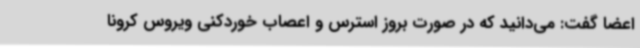
اعضا گفت: می‌دانید که در صورت بروز استرس و اعصاب خوردکنی ویروس کرونا